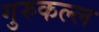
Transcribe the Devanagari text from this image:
गुरुकल्ल